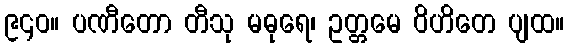
၉၄၀။ ပဏီတော တီသု မဓုရေ၊ ဥတ္တမေ ဝိဟိတေ ပျထ။